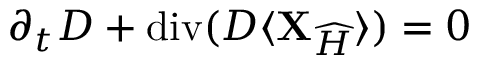
\partial _ { t } D + \operatorname { d i v } ( D \langle { \bf X } _ { \widehat { H } } \rangle ) = 0